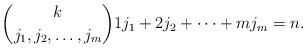
LaTeX: \begin{align*} \binom{k}{j_1 , j_2 , \dots , j_m} 1j_1+2 j_2+ \dots +mj_m= n.\end{align*}